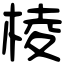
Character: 棱